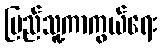
ပြည်သူ့ကာကွယ်ရေး